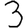
Digit: 3